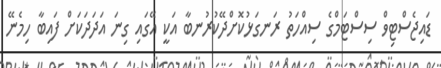
ޑައިޖެސްޓިވް ސިސްޓަމްގެ ސިއްހަތު ރަނގަޅުކޮށްދޭކުރުނބާ އަކީ އޭގައި ގިނަ އަދަދަކަށް ފައިބާ ހިމެނޭ